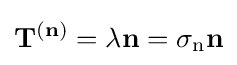
\mathbf {T} ^{(\mathbf {n} )}=\lambda \mathbf {n} =\mathbf {\sigma } _{\mathrm {n} }\mathbf {n}